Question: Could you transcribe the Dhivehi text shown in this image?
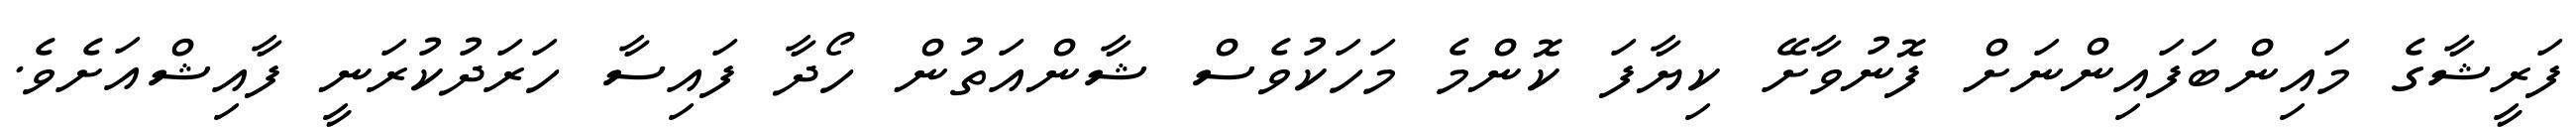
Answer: ފަރީޝާގެ މައިންބަފައިންނަށް ފޮނުވާށޭ ކިޔާފަ ކޮންމެ މަހަކުވެސް ޝާންއަތުން ހޯދާ ފައިސާ ހަރަދުކުރަނީ ފާއިޝްއަށެވެ.